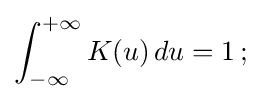
\int _{-\infty }^{+\infty }K(u)\,du=1\,;